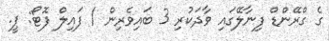
ގެ ގްރޭންޑް ފިނާލޭގައި ވާދަކުރި 3 ބައިވެރިން / ފައިލް ފޮޓޯ: ޕީ.